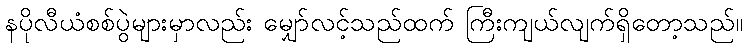
နပိုလီယံစစ်ပွဲများမှာလည်း မျှော်လင့်သည်ထက် ကြီးကျယ်လျက်ရှိတော့သည်။